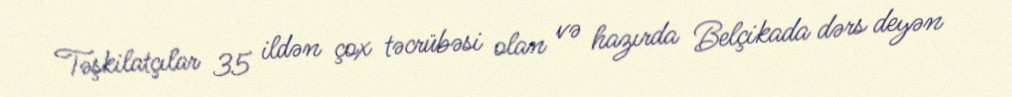
Təşkilatçılar 35 ildən çox təcrübəsi olan və hazırda Belçikada dərs deyən